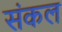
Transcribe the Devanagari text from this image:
संकल